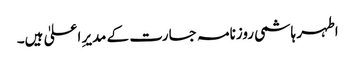
اطہر ہاشمی روزنامہ جسارت کے مدیرِ اعلیٰ ہیں۔